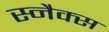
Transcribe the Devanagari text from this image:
स्‍नैक्‍स